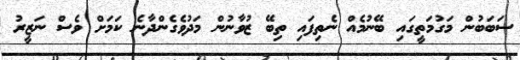
ސަބަބުން މަގުމަތީގައި ބޭނުމެއް ނެތިފައި ތިބޭ ޒުވާނުން މަދުވެގެންދާނެ ކަމަށް ވެސް ނަޒީރު